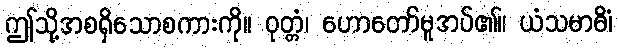
ဤသို့အစရှိသောစကားကို။ ဝုတ္တံ၊ ဟောတော်မူအပ်၏။ ယံသမာဓိံ၊